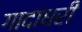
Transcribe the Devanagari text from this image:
गादाधरी